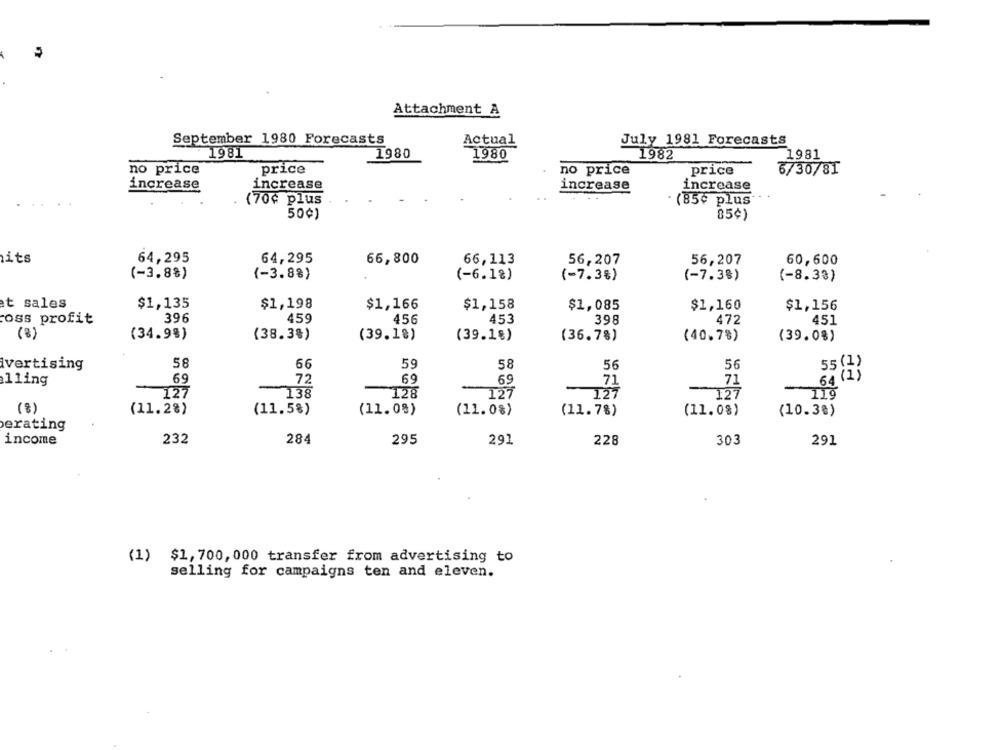
Attachment A
September 1980 Forecasts
Actual
July 1981 Forecasts
1981
1980
1980
1982
1981
no price
price
no price
price
6/30/81
increase
increase
increase
increase
(70¢ plus
. (85¢ plus'
50¢)
85¢)
its
64,295
64,295
66,800
66,113
56,207
56,207
60,600
(-3.8%)
(-3.88)
(-6.1%)
(-7.3%)
(-7.3%)
(-8.33)
at sales
$1,135
$1,198
$1,166
$1,158
$1,085
$1,160
$1,156
oss profit
396
459
456
453
398
472
451
(8)
(34.9%)
(38.3%)
(39.18)
(39.18)
(36.7%)
(40.7%)
(39.0%)
ivertising
58
66
59
58
56
56
55 (1)
11ing
69
72
69
69
71
64 (1)
71
127
138
-128
127
127
127
- 119
(%)
(11.2%)
(11.5%)
(11.0%)
(11.08)
(11.7%)
(11.0%)
(10.3%)
erating
income
232
284
295
291
228
303
291
(1) $1,700, 000 transfer from advertising to
selling for campaigns ten and eleven.